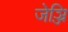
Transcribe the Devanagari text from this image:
जेञ्जि